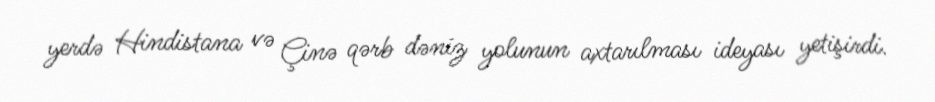
yerdə Hindistana və Çinə qərb dəniz yolunun axtarılması ideyası yetişirdi.